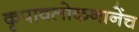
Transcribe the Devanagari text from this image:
कृपावलोकनानेंच